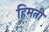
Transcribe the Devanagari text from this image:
हिमती